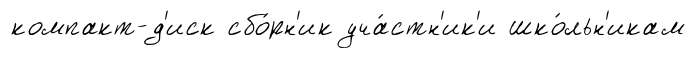
компакт-д'иск сбо́рн'ик уча́стн'ик'и шко́льн'икам